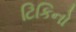
ટિકિનો